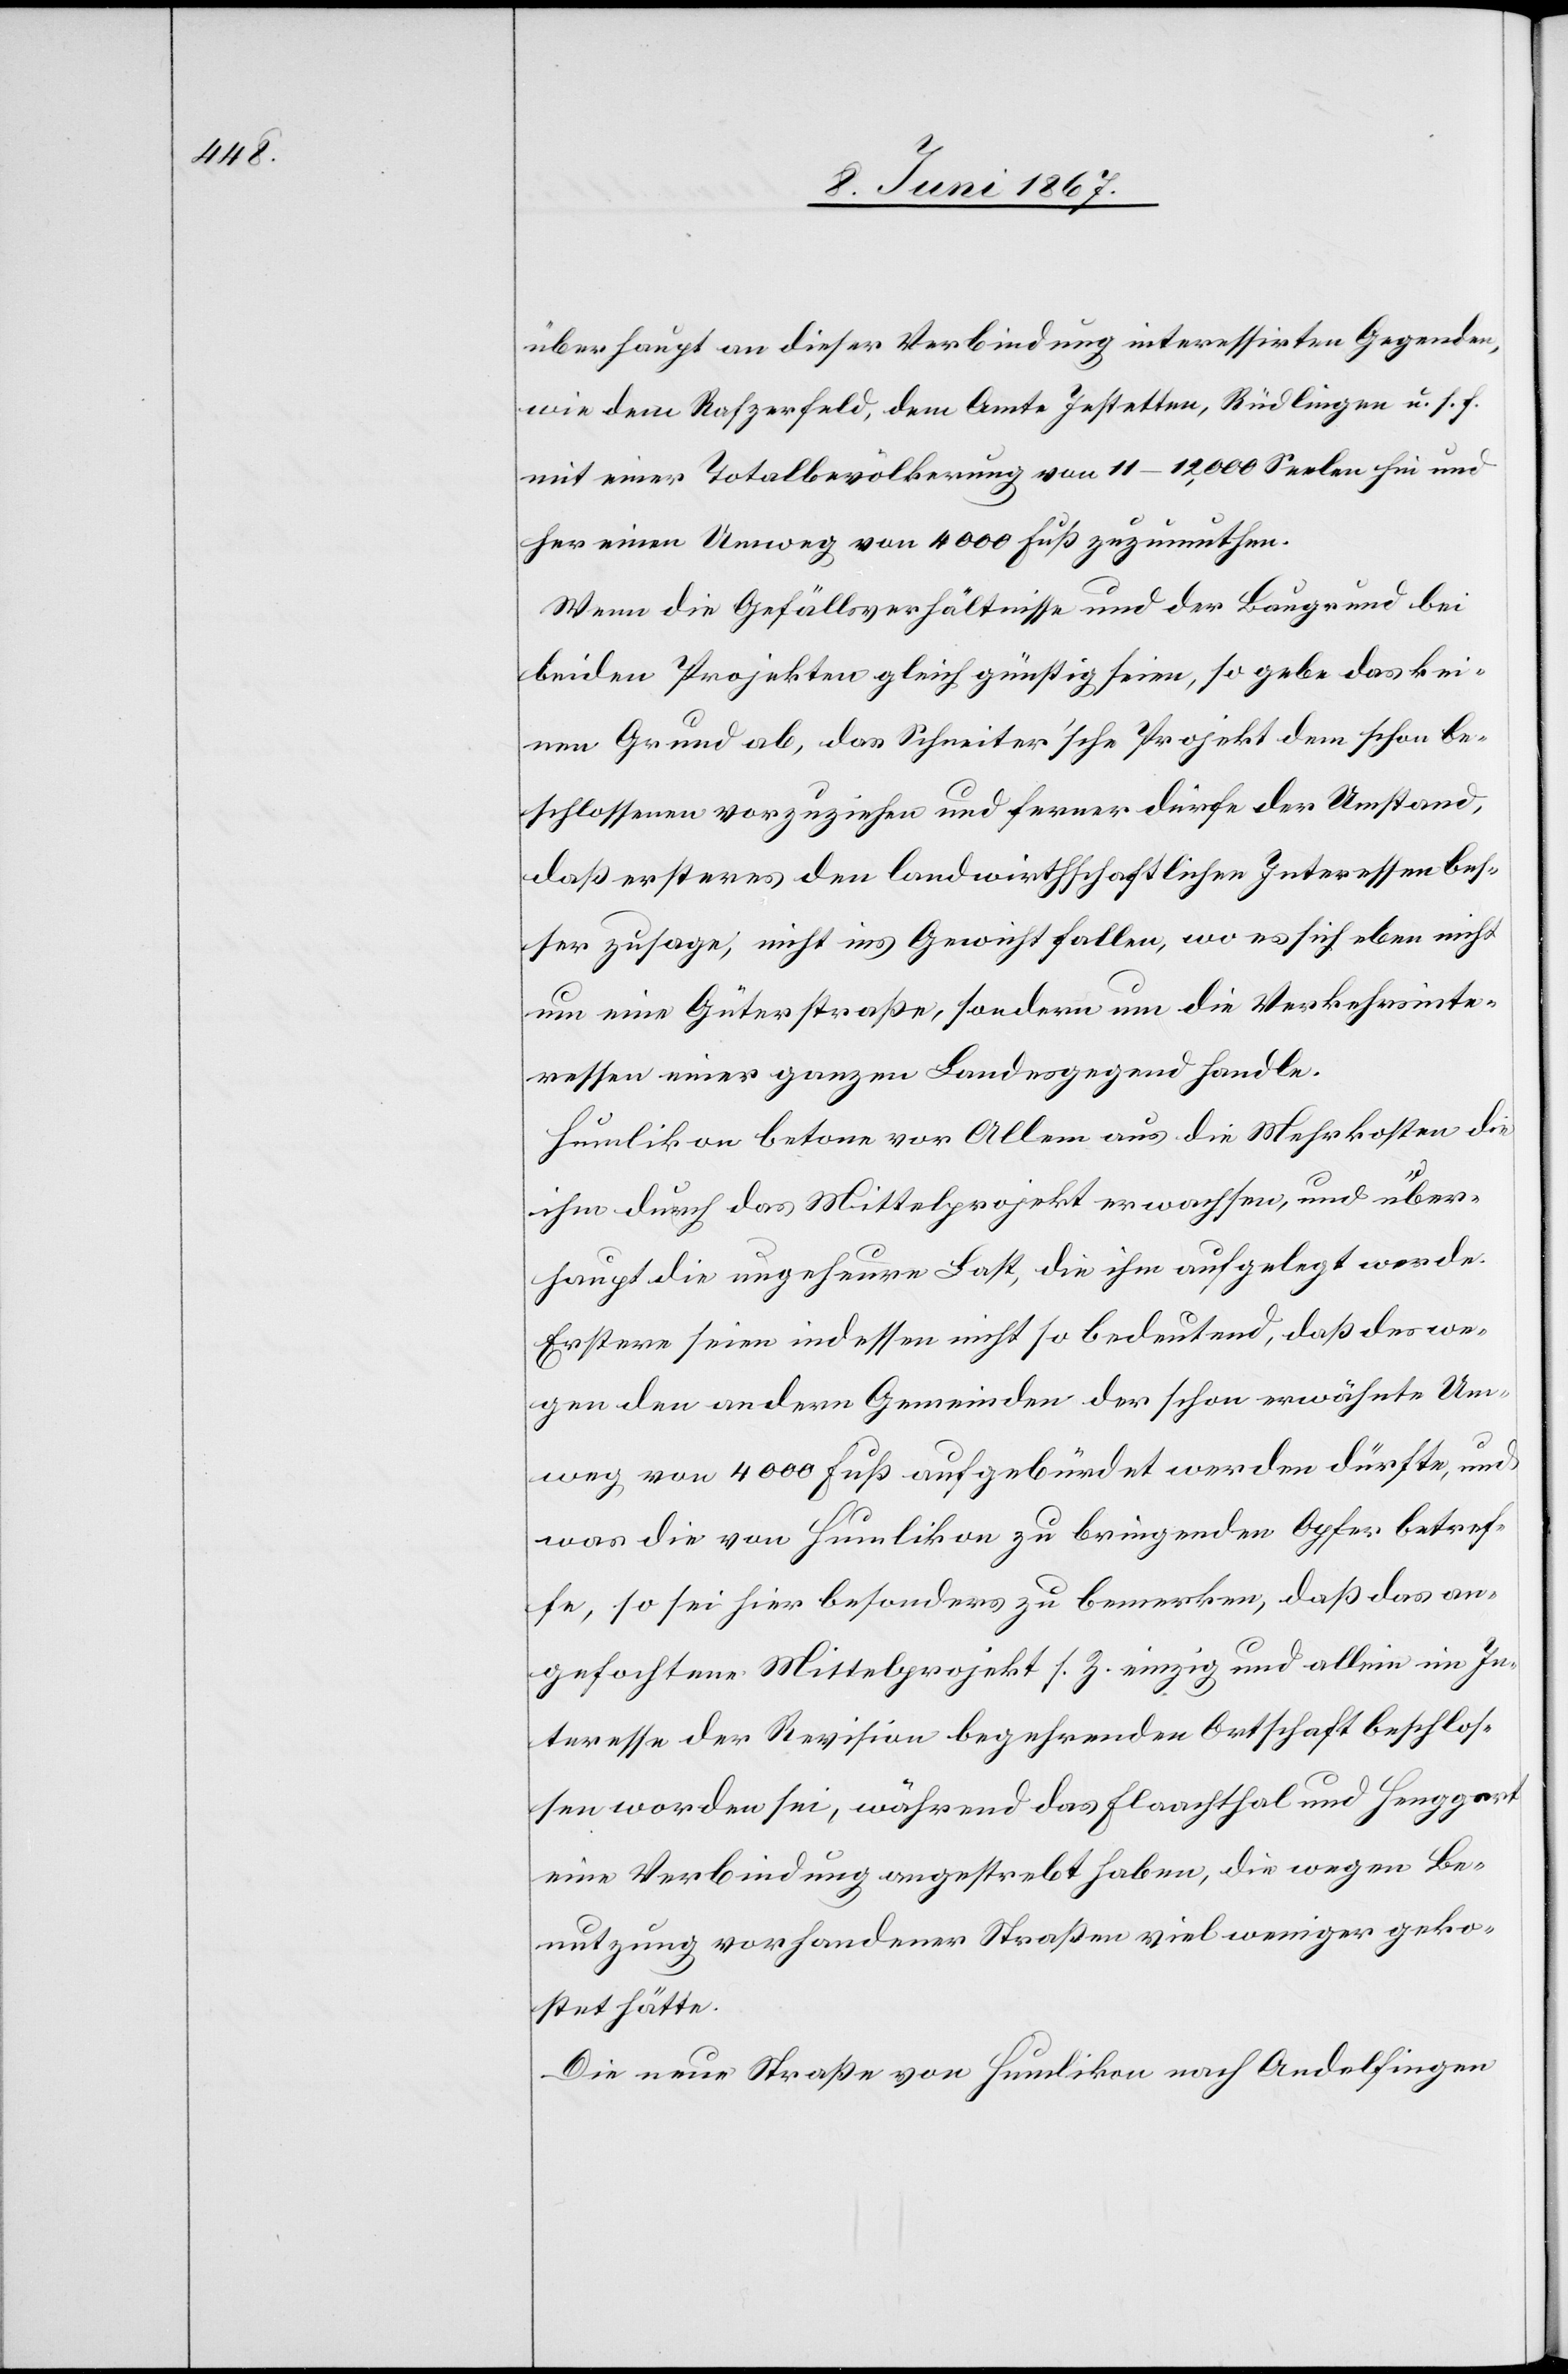
überhaupt an dieser Verbindung interessirten Gegenden,
wie dem Rafzerfeld, dem Amte Jestetten, Rüdlingen u. s. f.
mit einer Totalbevölkerung von 11–12,000 Seelen hin und
her einen Umweg von 4000 Fuß zuzumuthen.
Wenn die Gefällsverhältnisse und der Baugrund bei
beiden Projekten gleich günstig seien, so gebe das kei¬
nen Grund ab, das Schneiter’sche Projekt dem schon be¬
schlossenen vorzuziehen und ferner dürfe der Umstand,
daß ersteres den landwirthschaftlichen Interessen bes¬
ser zusage, nicht ins Gewicht fallen, wo es sich eben nicht
um eine Güterstraße, sondern um die Verkehrsinte¬
ressen einer ganzen Landesgegend handle.
Humlikon betone vor Allem aus die Mehrkosten die
ihm durch das Mittelprojekt erwachsen, und über¬
haupt die ungeheure Last, die ihm aufgelegt werde.
Erstere seien indessen nicht so bedeutend, daß deswe¬
gen den andern Gemeinden der schon erwähnte Um¬
weg von 4000 Fuß aufgebürdet werden dürfte, und
was die von Humlikon zu bringenden Opfer betref¬
fe, so sei hier besonders zu bemerken, daß das an¬
gefochtene Mittelprojekt s. Z. einzig und allein im In¬
teresse der Revision begehrenden Ortschaft beschlos¬
sen worden sei, während das Flaachthal und Henggart
eine Verbindung angestrebt haben, die wegen Be¬
nutzung vorhandener Straßen viel weniger geko¬
stet hätte.
Die neue Straße von Humlikon nach Andelfingen